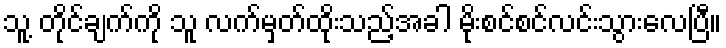
သူ့ တိုင်ချက်ကို သူ လက်မှတ်ထိုးသည့်အခါ မိုးစင်စင်လင်းသွားလေပြီ။